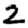
Digit: 2